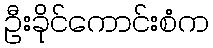
ဦးခိုင်ကောင်းစံက